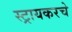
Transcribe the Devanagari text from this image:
स्ट्रायकरचे